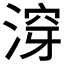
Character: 𱶿